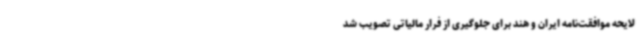
لایحه موافقت‌نامه ایران و هند برای جلوگیری از فرار مالیاتی تصویب شد